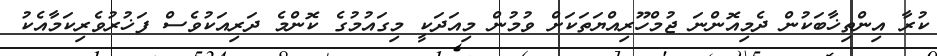
ކުރާ އިންތިޚާބަކުން ދެމިއޮންނަ ޖުމްހޫރިއްޔަތަކަށް ވުމުން މިއަދަކީ މިގައުމުގެ ކޮންމެ ދަރިއަކުވެސް ފަޚުރުވެރިކަމާއެކު